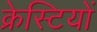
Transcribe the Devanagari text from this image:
क्रेस्टियों